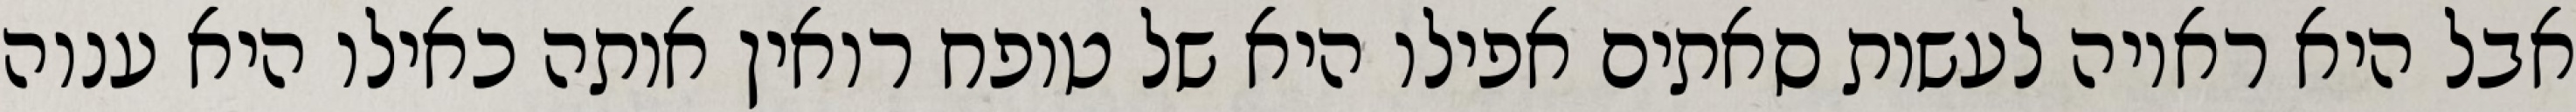
אבל היא ראויה לעשות סאתים אפילו היא של טופח רואין אותה כאילו היא ענוה